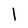
Character: 1